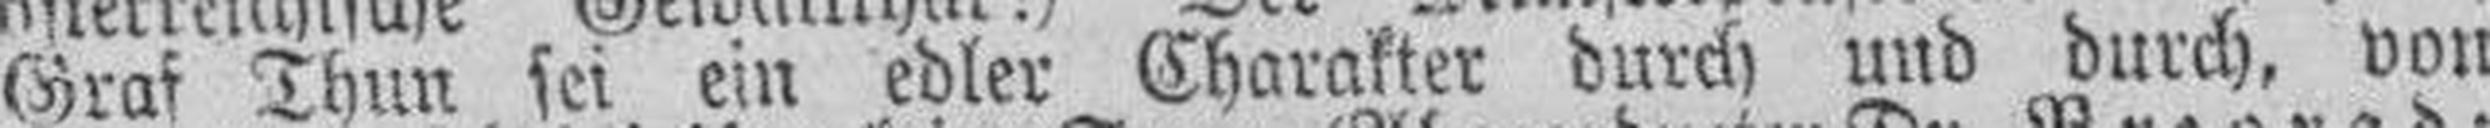
Graf Thun sei ein edler Charakter durch und durch, von